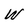
Character: W